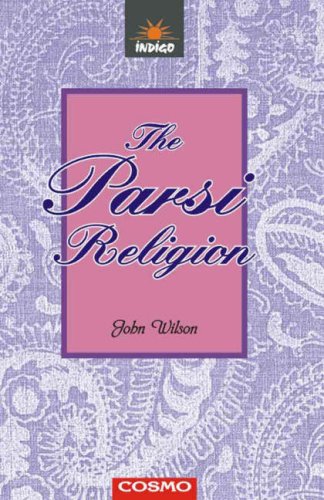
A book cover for Parsi Religion; John Wilson; Religion & Spirituality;